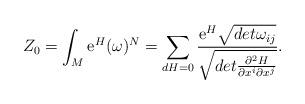
LaTeX: \begin{align*}Z_{0}=\int_{M}{\rm e}^{H} (\omega)^{N}=\sum_{dH=0}\frac{{\rm e}^{H}\sqrt{det\omega_{ij}}}{\sqrt{det\frac{\partial^{2} H}{\partial x^{i} \partial x^{j}}}} .\end{align*}